Indian Medical Review
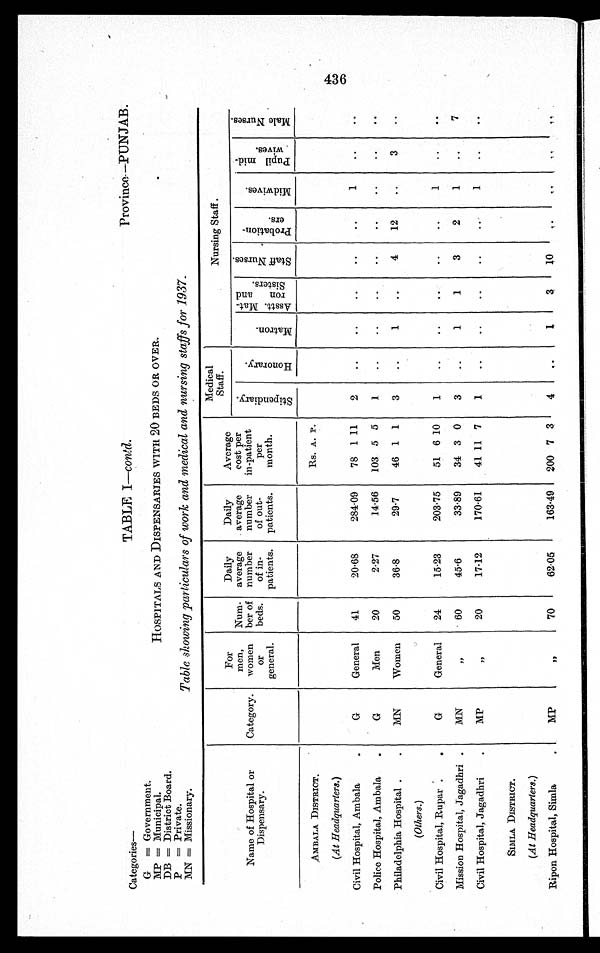
Categories—
TABLE I—contd.
Province—PUNJAB.
G = Government.
MP = Municipal.
HOSPITALS AND DISPENSARIES WITH 20 BEDS OR OVER.
DB = District Board.
P = Private.
MN = Missionary.
Table showing particulars of work and medical and nursing staffs for 1937.
Name of Hospital or
Dispensary.
Category.
For
men,
women
or
general.
Num
-ber of
beds.
Daily
average
number
of in
-patients.
Daily
average
number
of out
-patients.
Average
cost per
in-patient
per
month.
Medical
Staff.
Nursing Staff.
S t i p e n d i a r y .
Ho n o r a r y .
Mat r on.
A s s t t . Ma t - r o n a n d S i s t e r s .
S t a f f N u r s e s .
P r o b a t i o n - e r s .
M i d w i v e s .
P u p i l m i d - w i v e s .
M a l e N u r s e s .
AMBALA DISTRICT.
Rs. A. P.
(At Headquarters.)
Civil Hospital, Ambala
G
General
41
20·68
284·09
78 1 11
2
..
..
..
..
..
1
..
..
Police Hospital, Ambala
G
Men
20
2·27
14·56 103 5 5
1
..
..
..
..
..
..
..
..
Philadelphia Hospital
MN
Women
50
36·8
29·7
46 1 1
3
..
1
..
4
1 2
..
3
..
(Ot her s. )
Civil Hospital, Rupar
G
General
24
15·23
203·75
51 6 10
1
..
..
..
..
..
1
..
..
Mission Hospital, Jagadhri MN
"
60
45·6
33·89
34 3 0
3
..
1
1
3
2
1
..
7
Civil Hospital, Jagadhri
MP
"
20
17·12
170·61
41 11 7
1
..
..
..
.. ..
1
..
..
SIMLA DISTRICT.
(At Headquarters.)
Ripon Hospital, Simla
MP
"
70
62·05
163·49
200 7 3
4
..
1
3
1 0 ..
..
..
..
436